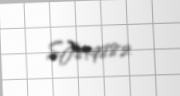
SJ819882